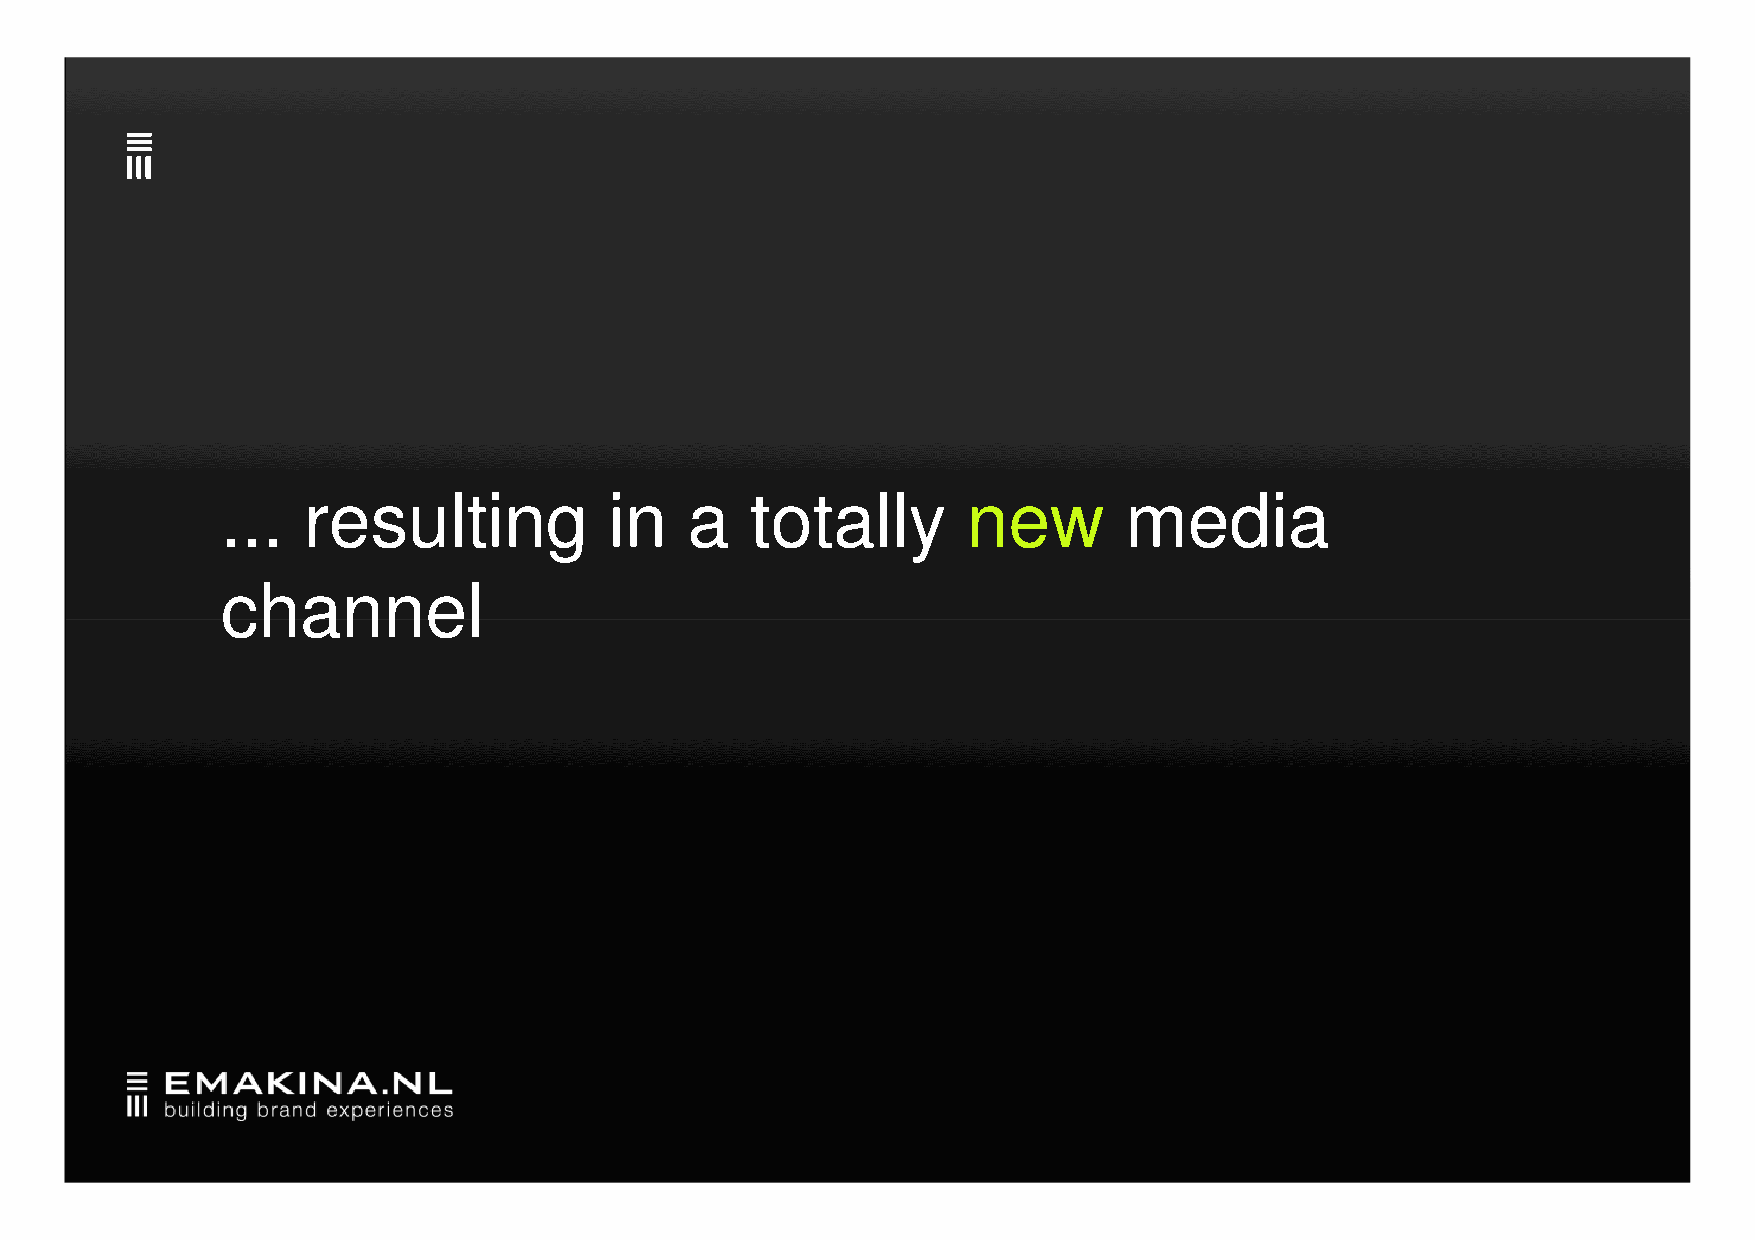
...  resulting           in   a    totally       new       media
 cchhaannnneell